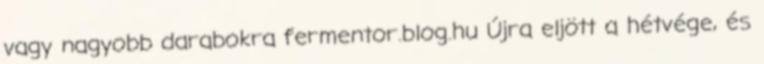
vagy nagyobb darabokra fermentor.blog.hu Újra eljött a hétvége, és